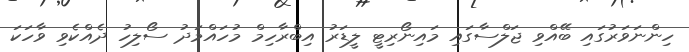
ހިންނަވަރުގައި ބޭއްވި ޖަލްސާގައި މައިނޯރިޓީ ލީޑަރު އިބްރާހިމް މުހައްމަދު ސޯލިހު ދެއްކެވި ވާހަކަ